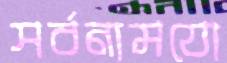
সর্বনামযো